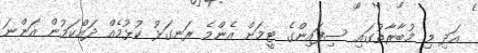
އަދި މި މުބާރާތުގައި ސިފައިންގެ ޓީމަށް އެންމެ ރަނގަޅު ކުޅުމެއް ދައްކަމުން އަންނަ